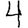
Digit: 4